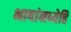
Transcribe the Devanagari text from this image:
भाषांमध्येहि